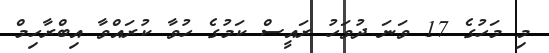
މި މަހުގެ 17 ވަނަ ދުވަހު ރައީސް ކަމުގެ ހުވާ ކުރައްވާ އިބްރާހިމް